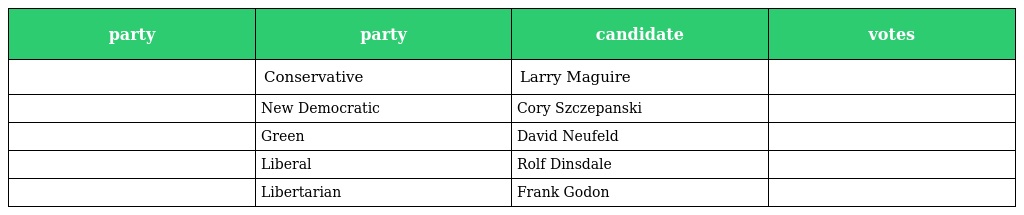
| party | party | candidate | votes |
 | --- | --- | --- | --- |
 |  | Conservative | Larry Maguire |  |
 |  | New Democratic | Cory Szczepanski |  |
 |  | Green | David Neufeld |  |
 |  | Liberal | Rolf Dinsdale |  |
 |  | Libertarian | Frank Godon |  |